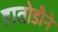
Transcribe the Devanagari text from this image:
हातोडीने